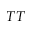
T T